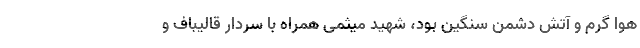
هوا گرم و آتش دشمن سنگین بود، شهید میثمی همراه با سردار قالیباف و